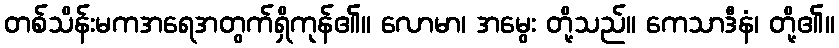
တစ်သိန်းမကအရေအတွက်ရှိကုန်၏။ လောမာ၊ အမွေး တို့သည်။ ကေသာဒီနံ၊ တို့၏။